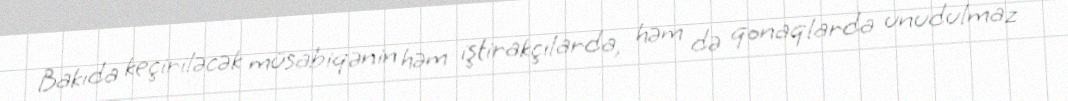
Bakıda keçiriləcək müsabiqənin həm iştirakçılarda, həm də qonaqlarda unudulmaz